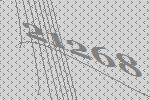
21268